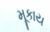
મૂકાય